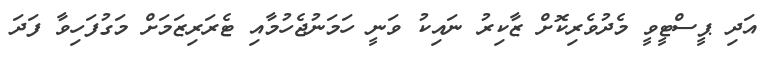
އަދި ޕީސްޓީވީ މެދުވެރިކޮށް ޒާކިރު ނައިކު ވަނީ ހަމަނުޖެހުމާއި ޓެރަރިޒަމަށް މަގުފަހިވާ ފަދަ